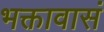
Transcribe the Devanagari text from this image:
भक्तावासं